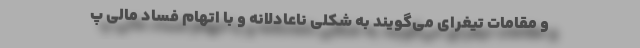
و مقامات تیغرای می‌گویند به شکلی ناعادلانه و با اتهام فساد مالی پ